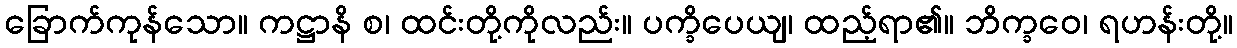
ခြောက်ကုန်သော။ ကဋ္ဌာနိ စ၊ ထင်းတို့ကိုလည်း။ ပက္ခိပေယျ၊ ထည့်ရာ၏။ ဘိက္ခဝေ၊ ရဟန်းတို့။